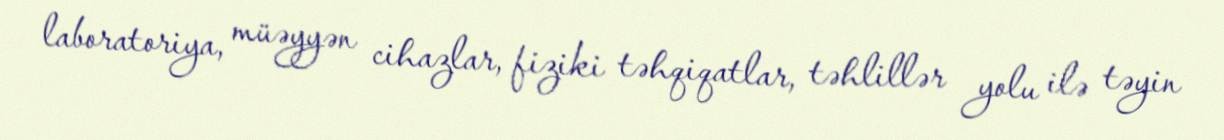
laboratoriya, müəyyən cihazlar, fiziki təhqiqatlar, təhlillər yolu ilə təyin